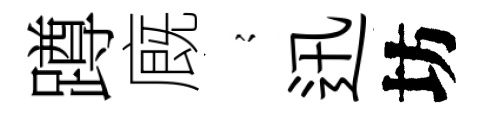
蹲廐𡪹迅坊